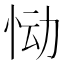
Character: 恸